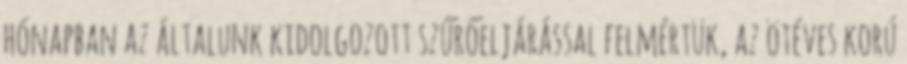
hónapban az általunk kidolgozott szűrőeljárással felmértük, az ötéves korú